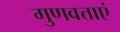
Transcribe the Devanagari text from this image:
गुणवत्ताएं